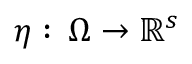
\eta : \, \Omega \to \mathbb { R } ^ { s }